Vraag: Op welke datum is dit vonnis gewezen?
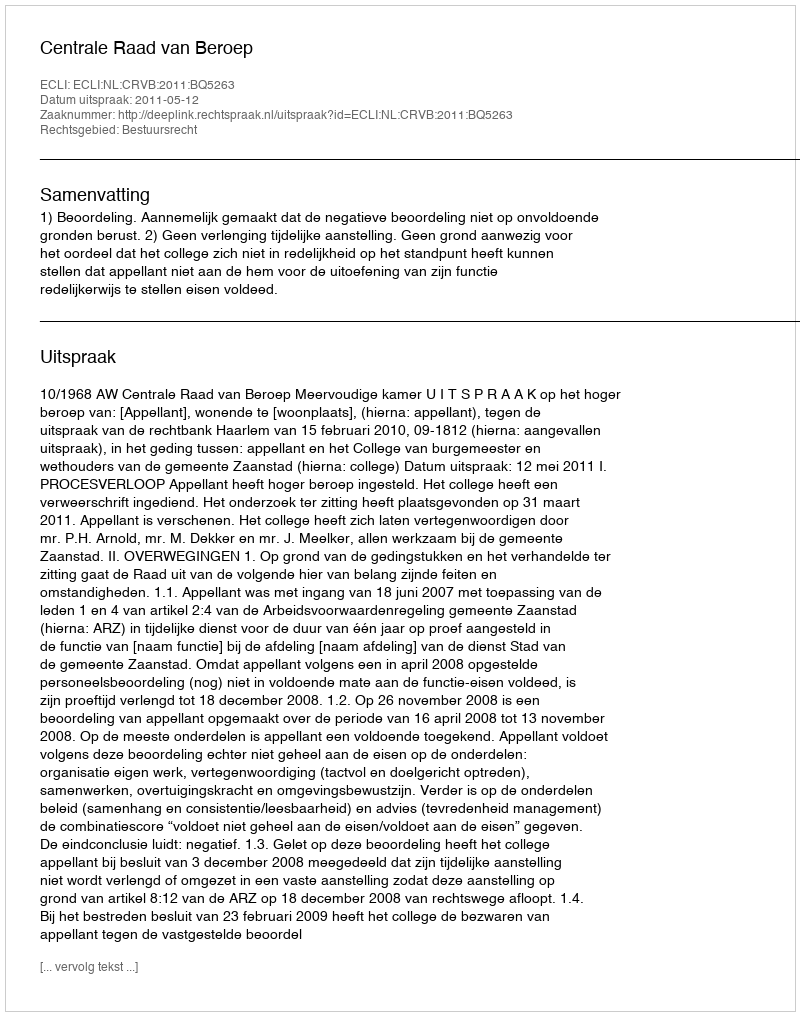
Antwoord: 2011-05-12